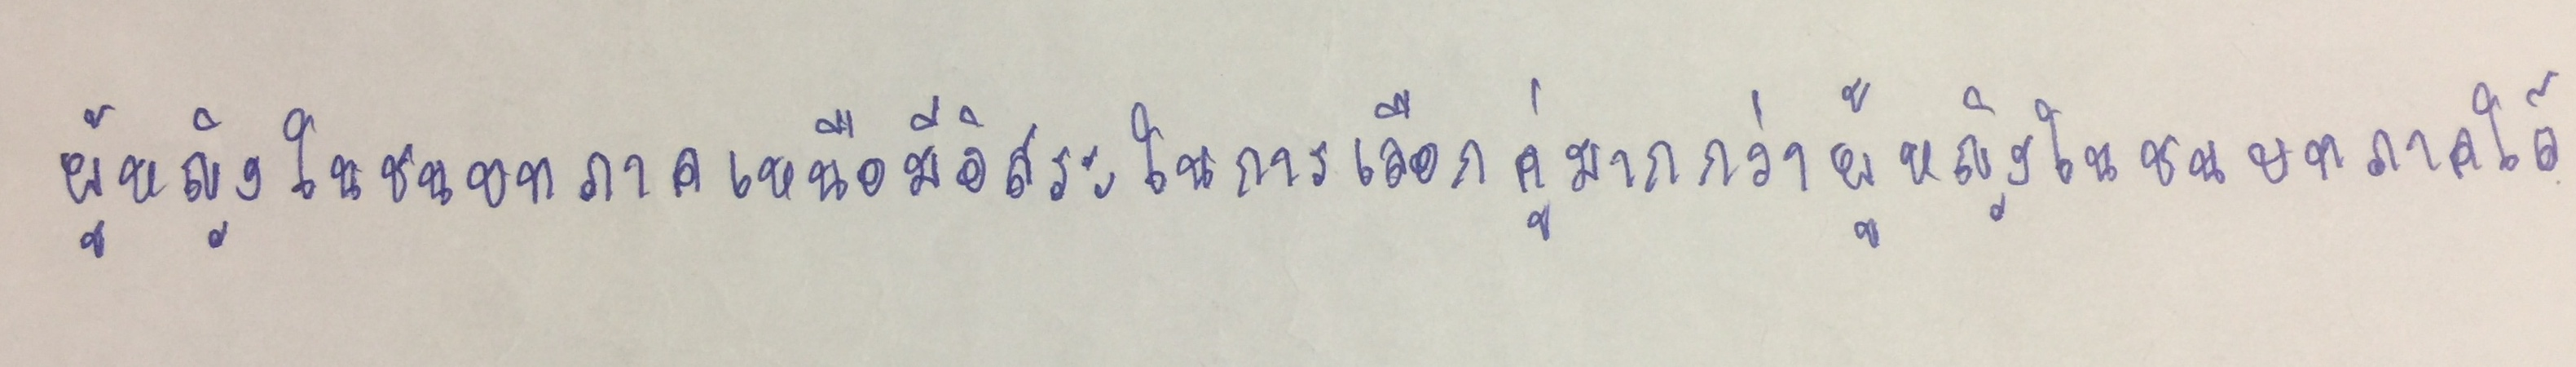
ผู้หญิงในชนบทภาคเหนือมีอิสระในการเลือกคู่มากกว่าผู้หญิงในชนบทภาคใต้